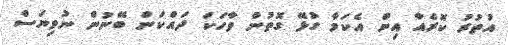
އުތުރު ކޮރެއާ އިން އެކަމާ ގުޅޭ ގޮތުން ވާހަކަ ދައްކަން ބޭނުން ނުވިޔަސް